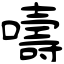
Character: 嚋